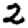
Digit: 2